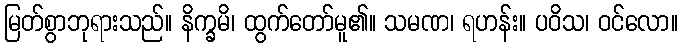
မြတ်စွာဘုရားသည်။ နိက္ခမိ၊ ထွက်တော်မူ၏။ သမဏ၊ ရဟန်း။ ပဝိသ၊ ဝင်လော။